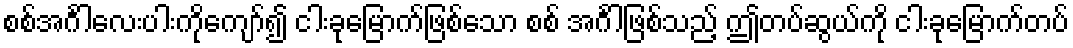
စစ်အင်္ဂါလေးပါးကိုကျော်၍ ငါးခုမြောက်ဖြစ်သော စစ် အင်္ဂါဖြစ်သည့် ဤတပ်ဆွယ်ကို ငါးခုမြောက်တပ်